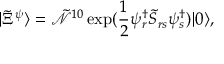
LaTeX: | \tilde { \Xi } ^ { \psi } \rangle = \tilde { \mathcal { N } } ^ { 1 0 } \exp ( \frac { 1 } { 2 } \psi _ { r } ^ { \dag } \tilde { S } _ { r s } \psi _ { s } ^ { \dag } ) | 0 \rangle ,